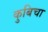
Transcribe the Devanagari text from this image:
कुबिचा